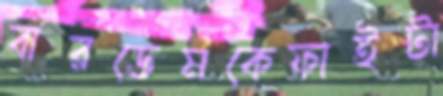
বারডেমকেফাইটা